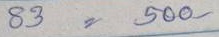
83 = 500